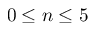
0 \leq n \leq 5